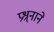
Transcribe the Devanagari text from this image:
प्रश्र्नाने